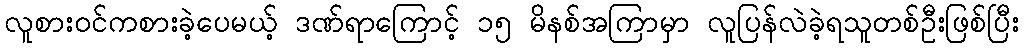
လူစားဝင်ကစားခဲ့ပေမယ့် ဒဏ်ရာကြောင့် ၁၅ မိနစ်အကြာမှာ လူပြန်လဲခဲ့ရသူတစ်ဦးဖြစ်ပြီး